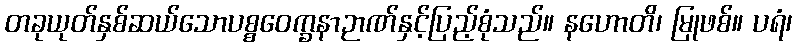
တခုယုတ်နှစ်ဆယ်သောပစ္စဝေက္ခနာဉာဏ်နှင့်ပြည့်စုံသည်။ နဟောတိ၊ မြုဖစ်။ ပရံ၊